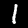
Digit: 1